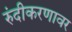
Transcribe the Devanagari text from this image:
रुंदीकरणावर